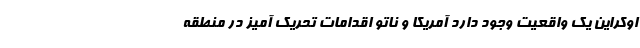
اوکراین یک واقعیت وجود دارد آمریکا و ناتو اقدامات تحریک آمیز در منطقه